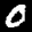
Label: 0